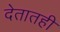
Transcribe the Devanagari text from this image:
देतातही